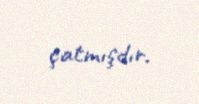
çatmışdır.